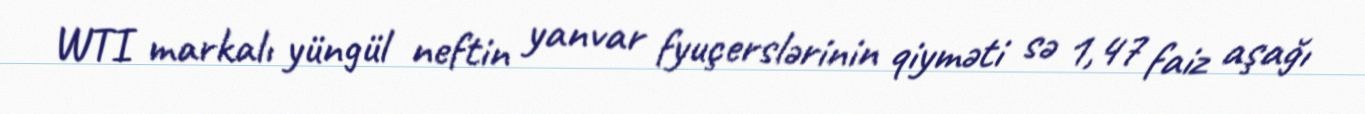
WTI markalı yüngül neftin yanvar fyuçerslərinin qiyməti sə 1,47 faiz aşağı